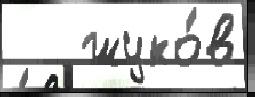
   жуко́в